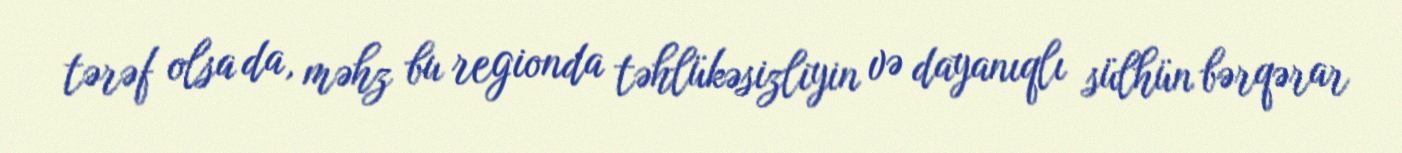
tərəf olsa da, məhz bu regionda təhlükəsizliyin və dayanıqlı sülhün bərqərar